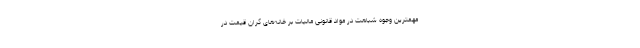
مهمترین وجوه شباهت در مواد قانونی مالیات بر خانه‌های گران قیمت در